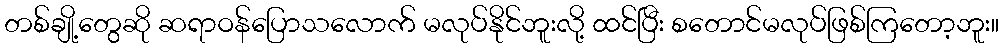
တစ်ချို့တွေဆို ဆရာဝန်ပြောသလောက် မလုပ်နိုင်ဘူးလို့ ထင်ပြီး စတောင်မလုပ်ဖြစ်ကြတော့ဘူး။